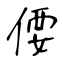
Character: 偠